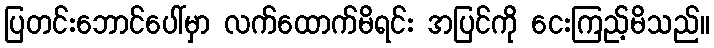
ပြတင်းဘောင်ပေါ်မှာ လက်ထောက်မိရင်း အပြင်ကို ငေးကြည့်မိသည်။